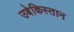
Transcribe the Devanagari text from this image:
उबेकिस्तान